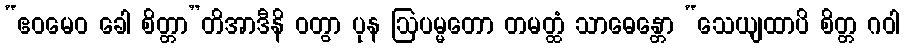
“ဧဝမေဝ ခေါ စိတ္တာ”တိအာဒီနိ ဝတွာ ပုန ဩပမ္မတော တမတ္ထံ သာဓေန္တော “သေယျထာပိ စိတ္တ ဂဝါ